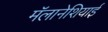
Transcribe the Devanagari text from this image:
मॅलानेशियाई